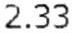
2.33